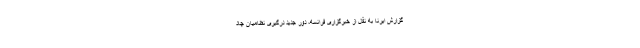
گزارش ایرنا به نقل از خبرگزاری فرانسه، دور جدید درگیری نظامیان چاد